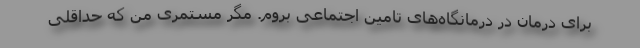
برای درمان در درمانگاه‌های تامین اجتماعی بروم. مگر مستمری من که حداقلی